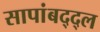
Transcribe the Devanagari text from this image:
सापांबद्द्ल